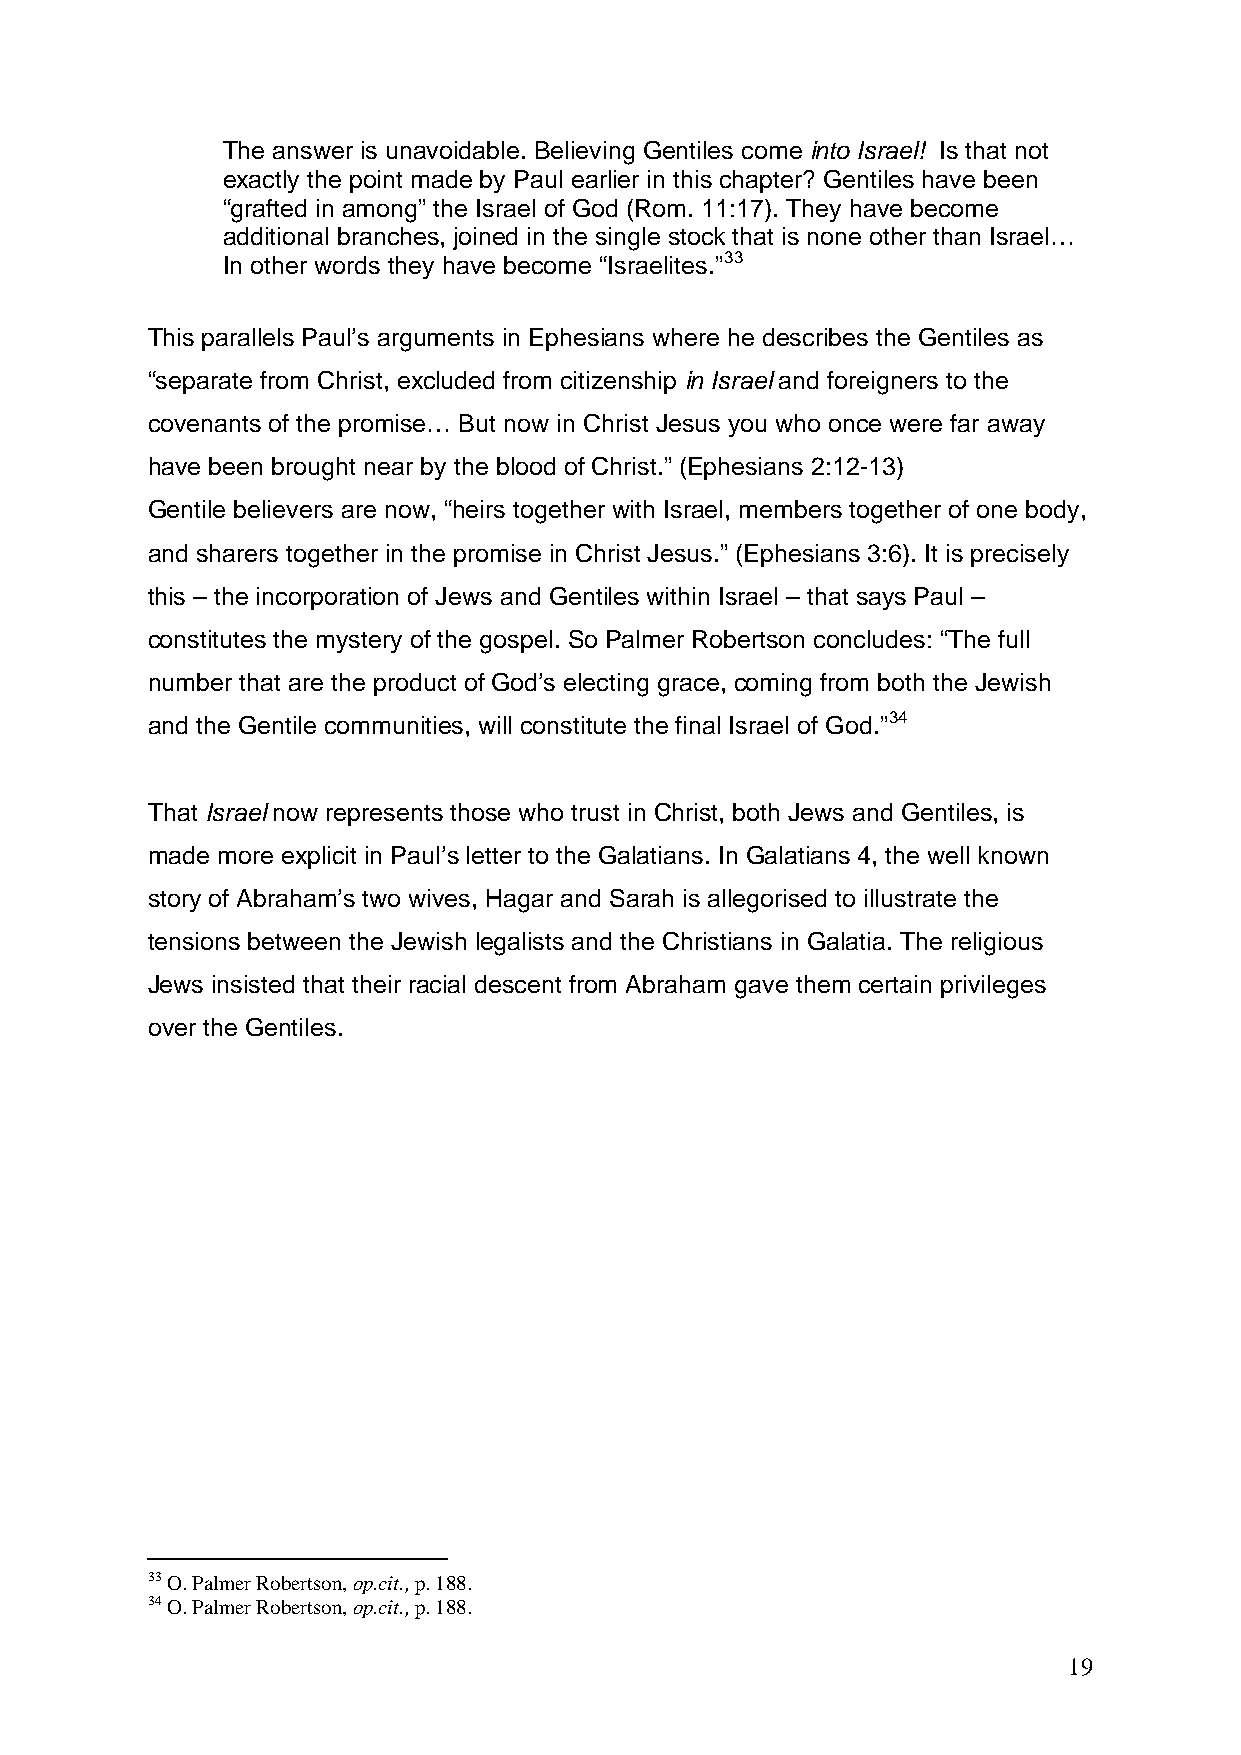
The answer is unavoidable. Believing Gentiles come into Israel! Is that not
 exactly the point made by Paul earlier in this chapter? Gentiles have been
 “grafted in among” the Israel of God (Rom. 11:17). They have become
 additional branches, joined in the single stock that is none other than Israel…
 In other words they have become “Israelites.”33
 This parallels Paul’s arguments in Ephesians where he describes the Gentiles as
 “separate from Christ, excluded from citizenship in Israel and foreigners to the
 covenants of the promise… But now in Christ Jesus you who once were far away
 have been brought near by the blood of Christ.” (Ephesians 2:12-13)
 Gentile believers are now, “heirs together with Israel, members together of one body,
 and sharers together in the promise in Christ Jesus.” (Ephesians 3:6). It is precisely
 this – the incorporation of Jews and Gentiles within Israel – that says Paul –
 constitutes the mystery of the gospel. So Palmer Robertson concludes: “The full
 number that are the product of God’s electing grace, coming from both the Jewish
 and the Gentile communities, will constitute the final Israel of God.”34
 That Israel now represents those who trust in Christ, both Jews and Gentiles, is
 made more explicit in Paul’s letter to the Galatians. In Galatians 4, the well known
 story of Abraham’s two wives, Hagar and Sarah is allegorised to illustrate the
 tensions between the Jewish legalists and the Christians in Galatia. The religious
 Jews insisted that their racial descent from Abraham gave them certain privileges
 over the Gentiles.
 33 O. Palmer Robertson, op.cit., p. 188.
 34 O. Palmer Robertson, op.cit., p. 188.
 19